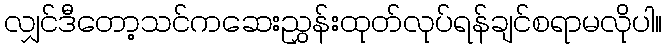
လျှင်ဒီတော့သင်ကဆေးညွှန်းထုတ်လုပ်ရန်ချင်စရာမလိုပါ။